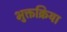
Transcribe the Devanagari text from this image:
भुक्तक्रिया